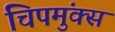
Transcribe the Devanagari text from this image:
चिपमुंक्स